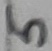
Text: 5